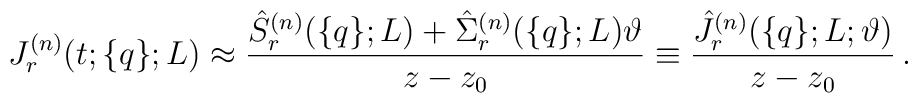
J_r^{(n)}(t;\{q\};L)\approx\frac{\hat S_r^{(n)}(\{q\};L)+\hat\Sigma_r^{(n)}(\{q\};L)\vartheta}{z-z_0}\equiv \frac{\hat J_r^{(n)}(\{q\};L;\vartheta)}{z-z_0}\,.